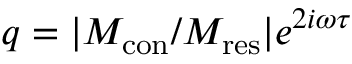
q = | M _ { \mathrm { { c o n } } } / M _ { \mathrm { { r e s } } } | e ^ { 2 i \omega \tau }